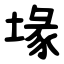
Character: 堟